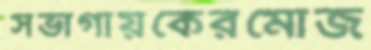
সভাগায়কেরমোজ